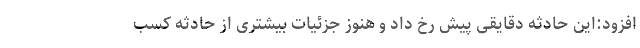
افزود:این حادثه دقایقی پیش رخ داد و هنوز جزئیات بیشتری از حادثه کسب